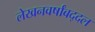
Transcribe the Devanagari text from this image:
लेखनवर्षांबद्दल